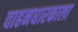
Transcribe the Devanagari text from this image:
वाहनधारकाला